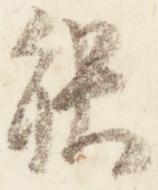
能